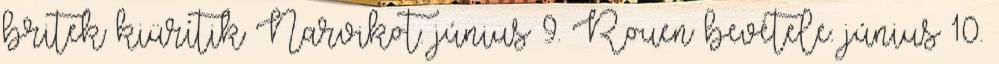
britek kiürítik Narvikot. június 9. Rouen bevétele. június 10.